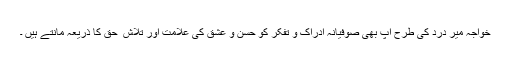
خواجہ میر درد کی طرح آپ بھی صوفیانہ ادراک و تفکر کو حسن و عشق کی علامت اور تلاش ِ حق کا ذریعہ مانتے ہیں ۔